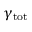
\gamma _ { \mathrm { t o t } }